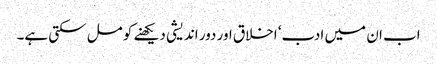
اب ان میں ادب‘ اخلاق اور دور اندیشی دیکھنے کو مل سکتی ہے۔